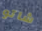
شاتو